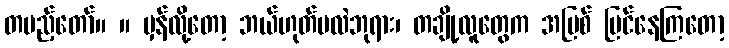
တပည့်တော်။ ။ မှန်လို့တော့ ဘယ်ဟုတ်မလဲဘုရား၊ တချို့လူတွေက အပြစ် မြင်နေကြတော့